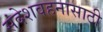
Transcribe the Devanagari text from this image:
संदेशवहनासाठी